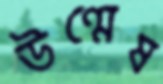
উণ্মেষ